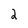
Character: 2